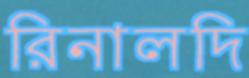
রিনালদি